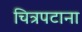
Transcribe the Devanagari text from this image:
चित्रपटाना